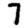
Digit: 7